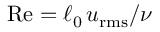
\mathrm { R e } = \ell _ { 0 } \, u _ { \mathrm { r m s } } / \nu